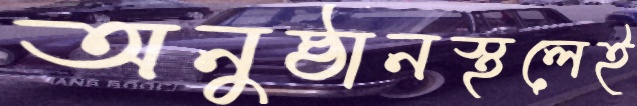
অনুষ্ঠানস্থলেই